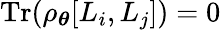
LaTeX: \operatorname{Tr}(\rho_{\boldsymbol{\theta}}[L_{i},L_{j}])=0